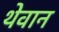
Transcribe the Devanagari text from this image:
थेवान